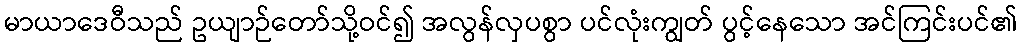
မာယာဒေဝီသည် ဥယျာဉ်တော်သို့ဝင်၍ အလွန်လှပစွာ ပင်လုံးကျွတ် ပွင့်နေသော အင်ကြင်းပင်၏